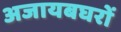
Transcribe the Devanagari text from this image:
अजायबघरों